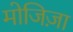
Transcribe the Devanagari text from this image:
मोजिज़ा